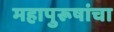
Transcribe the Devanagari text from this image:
महापुरूषांचा